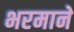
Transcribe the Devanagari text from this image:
भरमाने